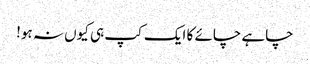
چاہے چائے کا ایک کپ ہی کیوں نہ ہو!